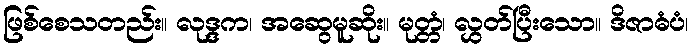
ဖြစ်စေသတည်း။ လုဒ္ဒက၊ အဆွေမူဆိုး။ မုတ္တံ၊ လွှတ်ပြီးသော။ ဒိဇာဓံပံ၊